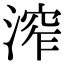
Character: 𣹧